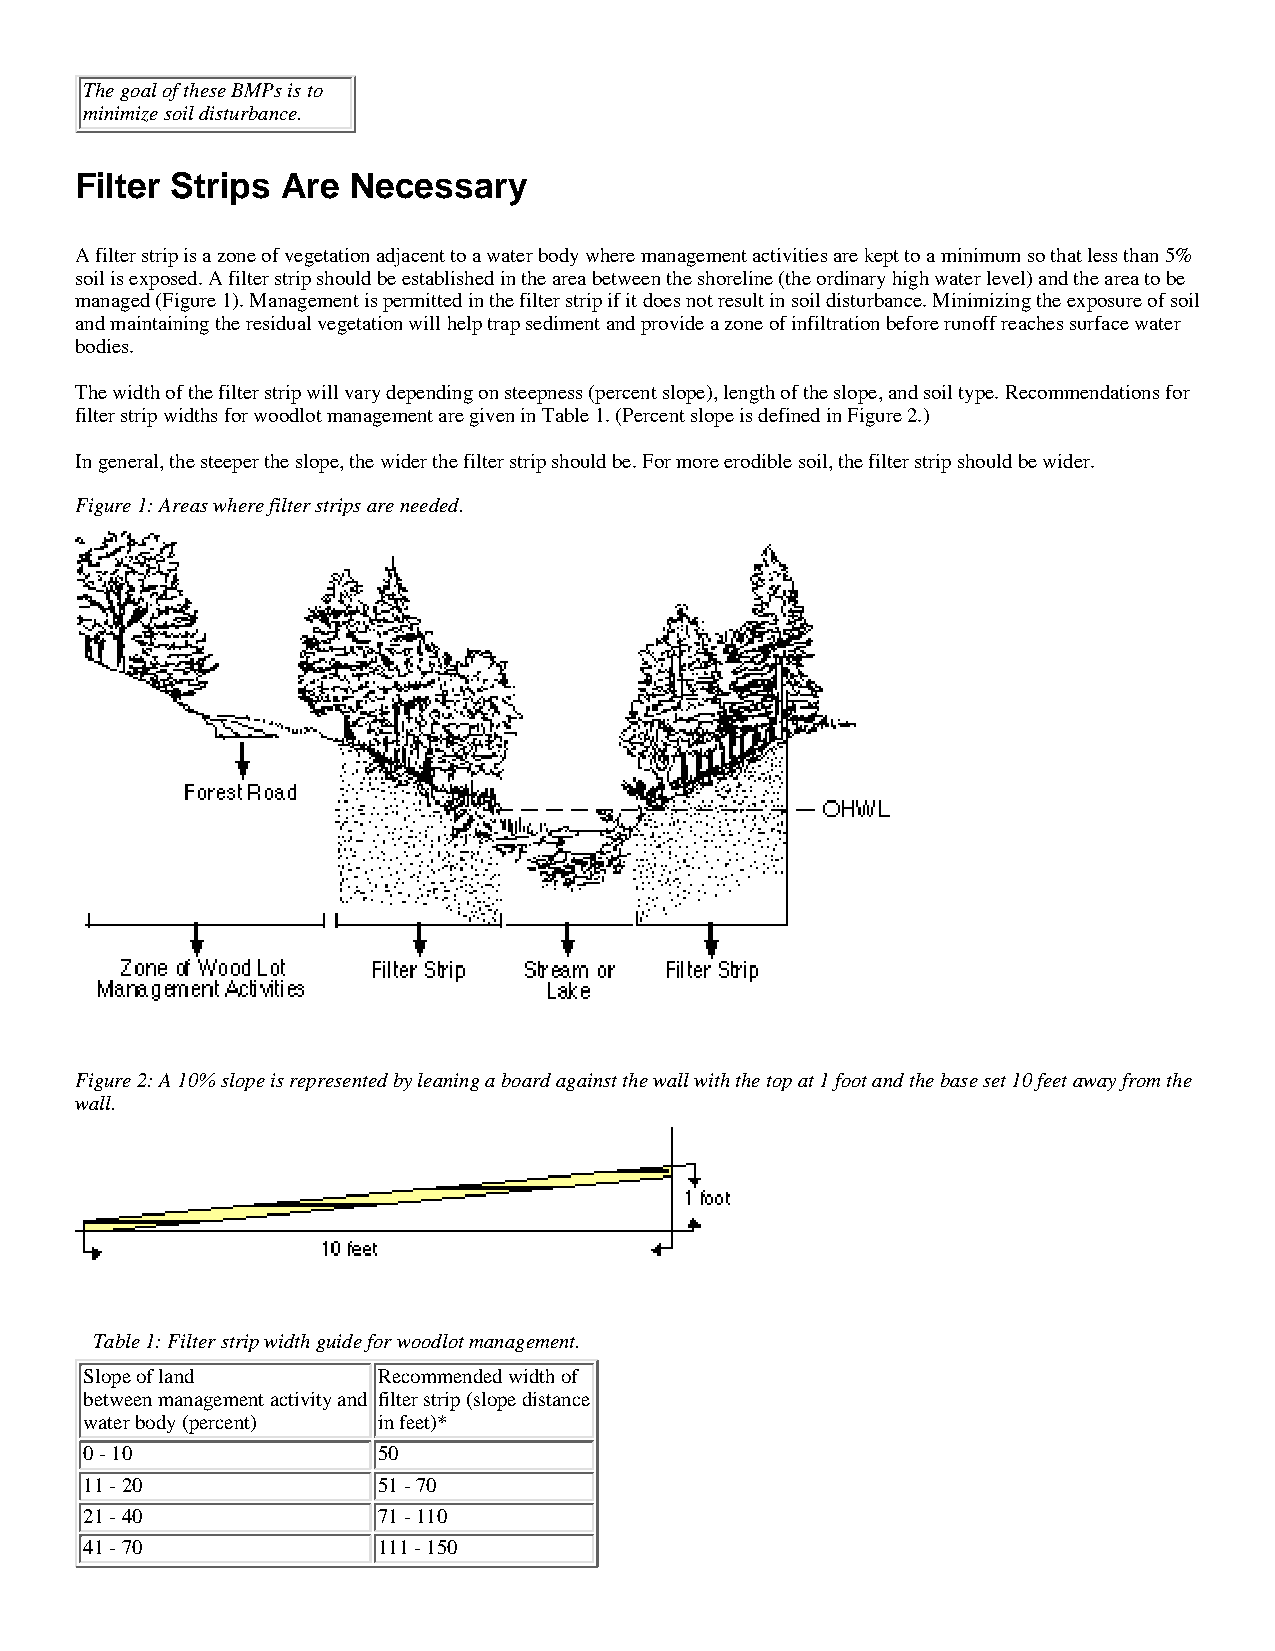
The goal of these BMPs is to
 minimize soil disturbance.
 Filter Strips Are Necessary
 A filter strip is a zone of vegetation adjacent to a water body where management activities are kept to a minimum so that less than 5%
 soil is exposed. A filter strip should be established in the area between the shoreline (the ordinary high water level) and the area to be
 managed (Figure 1). Management is permitted in the filter strip if it does not result in soil disturbance. Minimizing the exposure of soil
 and maintaining the residual vegetation will help trap sediment and provide a zone of infiltration before runoff reaches surface water
 bodies.
 The width of the filter strip will vary depending on steepness (percent slope), length of the slope, and soil type. Recommendations for
 filter strip widths for woodlot management are given in Table 1. (Percent slope is defined in Figure 2.)
 In general, the steeper the slope, the wider the filter strip should be. For more erodible soil, the filter strip should be wider.
 Figure 1: Areas where filter strips are needed.
 Figure 2: A 10% slope is represented by leaning a board against the wall with the top at 1 foot and the base set 10 feet away from the
 wall.
 Table 1: Filter strip width guide for woodlot management.
 Slope of land      Recommended width of
 between management activity and filter strip (slope distance
 water body (percent) in feet)*
 0 - 10             50
 11 - 20            51 - 70
 21 - 40            71 - 110
 41 - 70            111 - 150